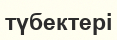
түбектері